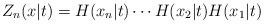
LaTeX: \begin{align*}Z_{n}(x|t)=H(x_{n}|t)\cdots H(x_{2}|t)H(x_{1}|t) \end{align*}